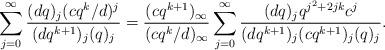
LaTeX: \begin{align*}\sum_{j=0}^{\infty}\frac{(dq)_{j}(cq^{k}/d)^{j}}{(dq^{k+1})_j(q)_j}=\frac{(cq^{k+1})_{\infty}}{(cq^{k}/d)_{\infty}}\sum_{j=0}^{\infty}\frac{(dq)_{j}q^{j^2+2jk}c^j}{(dq^{k+1})_j(cq^{k+1})_j(q)_j}.\end{align*}